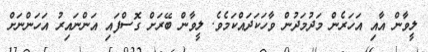
ލީވާން އާއި އަހަރެން މަދުމަދުން ވާހަކަދައްކަމެވެ. ލީވާން ބޭރަށް ގޮސްފައި އަންނައިރު އަހަންނަށް